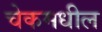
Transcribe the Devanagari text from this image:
चेकमधील